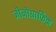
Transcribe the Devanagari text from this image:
जीनोग्राफिक